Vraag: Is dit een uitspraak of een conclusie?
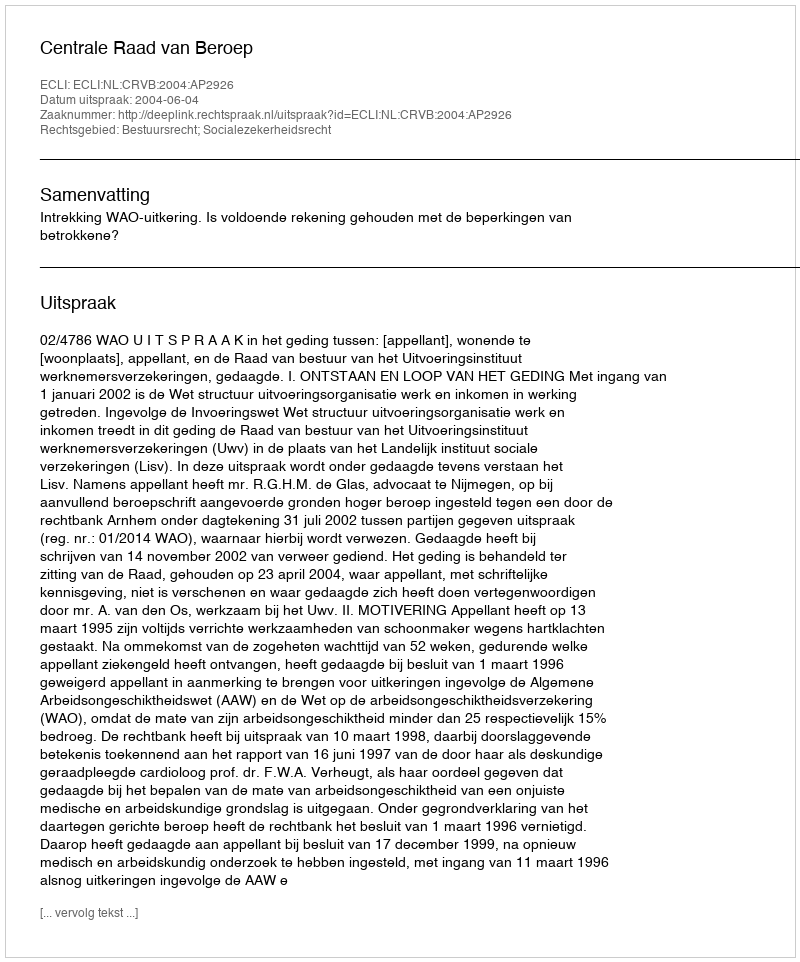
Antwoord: Uitspraak